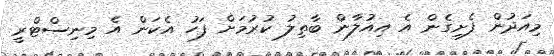
މިއަދުން ފެށިގެން އެ އިއުލާން ބާތިލު ކުރުމަށް ފަހު އެކަން އެ މިނިސްޓްރީ